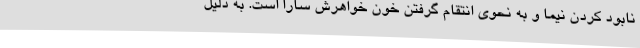
نابود کردن نیما و به نحوی انتقام گرفتن خون خواهرش سارا است. به دلیل